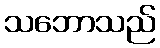
သဘောသည်